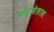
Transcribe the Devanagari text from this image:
कोट्सेलास